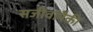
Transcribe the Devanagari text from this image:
सजीवांपैकी